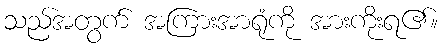
သည်အတွက် အကြားအာရုံကို အားကိုးရ၏။